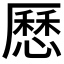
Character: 𠪾